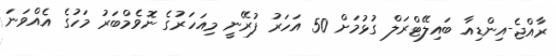
ރާއްޖެ-އިންޑިއާ ބައިލޭޓްރަލް ގުޅުމަށް 50 އަހަރު ފުރޭނީ މިއަހަރުގެ ނޮވެމްބަރު މަހުގެ އެއްވަނަ